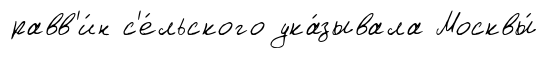
равв'и́н с'е́льского ука́зывала Москвы́